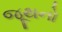
જૂથનો